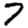
Digit: 7